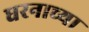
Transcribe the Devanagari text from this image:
धरनाच्या